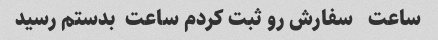
ساعت   سفارش رو ثبت کردم ساعت  بدستم رسید